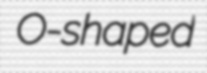
O-shaped